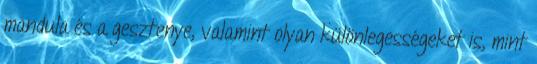
mandula és a gesztenye, valamint olyan különlegességeket is, mint